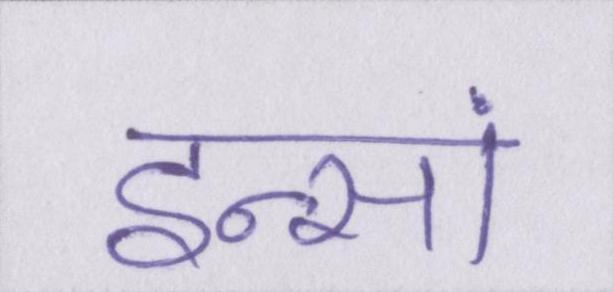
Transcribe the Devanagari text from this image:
इन्सां